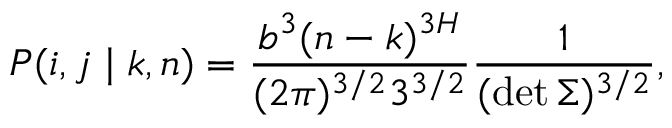
P ( i , j \mid k , n ) = \frac { b ^ { 3 } ( n - k ) ^ { 3 H } } { ( 2 \pi ) ^ { 3 / 2 } 3 ^ { 3 / 2 } } \frac { 1 } { ( \operatorname* { d e t } \Sigma ) ^ { 3 / 2 } } ,